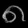
Digit: ၈